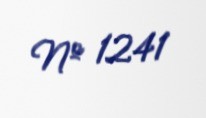
№ 1241